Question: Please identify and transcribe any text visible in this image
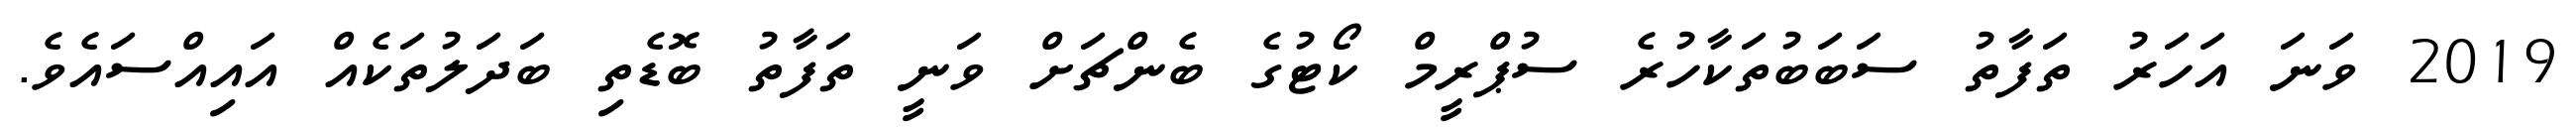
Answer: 2019 ވަނަ އަހަރު ތަފާތު ސަބަބުތަކާހުރެ ސުޕްރީމް ކޯޓުގެ ބެންޗަށް ވަނީ ތަފާތު ބޮޑެތި ބަދަލުތަކެއް އައިއްސައެވެ.